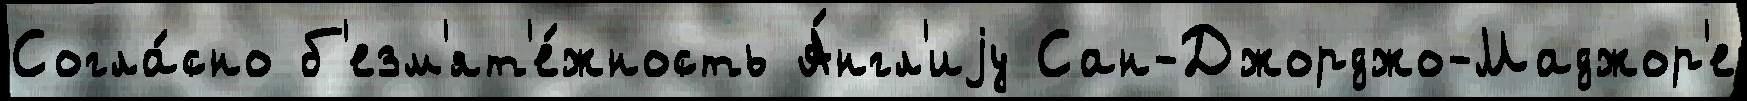
Согла́сно б'езм'ят'е́жность А́нгл'иjу Сан-Джорджо-Маджор'е